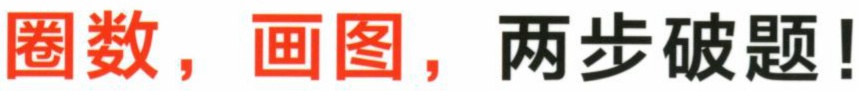
圈数，画图，两步破题！